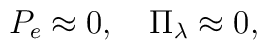
P_e\approx 0,\quad\Pi_\lambda\approx 0,